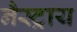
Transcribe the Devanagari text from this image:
नैस्ट्राय